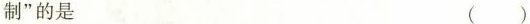
制”的是 ()